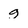
Character: g